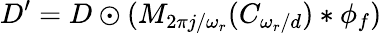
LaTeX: D^{\prime}=D\odot(M_{2\pi j/\omega_{r}}(C_{\omega_{r}/d})*\phi_{f})